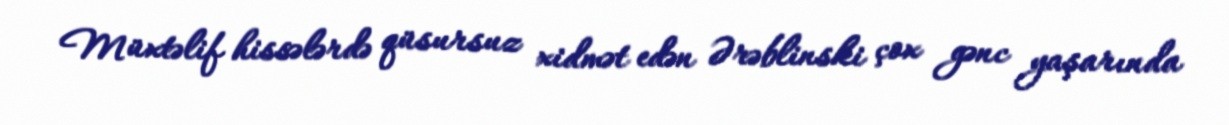
Müxtəlif hissələrdə qüsursuz xidmət edən Ərəblinski çox gənc yaşarında